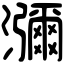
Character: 瀰